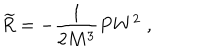
\widetilde { R } = - \frac 1 { 2 M ^ { 3 } } P W ^ { 2 } \; ,